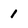
Character: 1